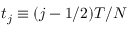
t _ { j } \equiv ( j - 1 / 2 ) T / N